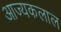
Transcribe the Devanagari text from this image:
आज्यकलाल